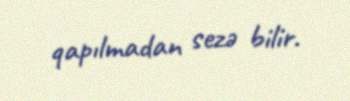
qapılmadan sezə bilir.